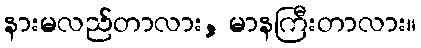
နားမလည်တာလား, မာနကြီးတာလား။